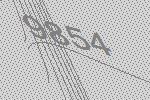
9854